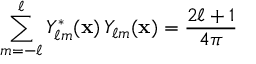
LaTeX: \sum _ { m = - \ell } ^ { \ell } Y _ { \ell m } ^ { * } ( \mathbf { x } ) \, Y _ { \ell m } ( \mathbf { x } ) = { \frac { 2 \ell + 1 } { 4 \pi } }